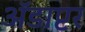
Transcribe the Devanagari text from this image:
ॲडाप्टर